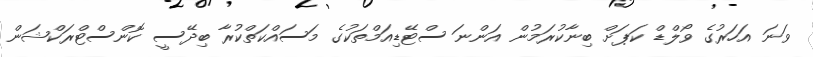
ވަނަ އަހަރުގެ ވޯލްޑް ކަޕަށް ބިނާކުރަމުން އަންނަ ސްޓޭޑިއަމްތަކުގެ މަސައްކަތްކުރާ ބިދޭސީ ކޮންސްޓްރަކްޝަން